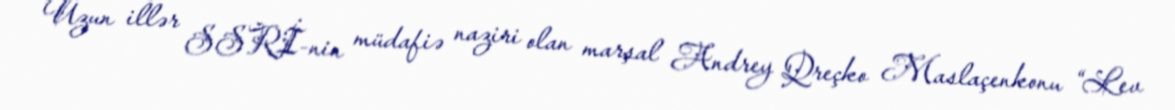
Uzun illər SSRİ-nin müdafiə naziri olan marşal Andrey Qreçko Maslaçenkonu “Lev